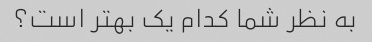
به نظر شما کدام یک بهتر است؟